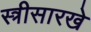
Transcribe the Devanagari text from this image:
स्त्रीसारखे